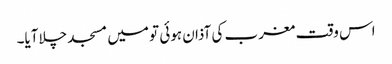
اس وقت مغرب کی آذان ہوئی تو میں مسجد چلاآیا۔